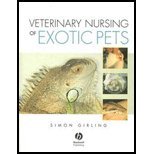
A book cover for Veterinary Nursing of Exotic Pets (03) by Girling, Simon J [Paperback (2003)]; Girling; Medical Books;